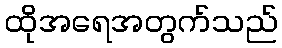
ထိုအရေအတွက်သည်